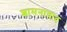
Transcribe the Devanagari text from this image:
शामनावाद